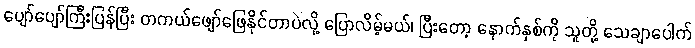
ပျော်ပျော်ကြီးပြန်ပြီး တကယ်ဖျော်ဖြေနိုင်တာပဲလို့ ပြောလိမ့်မယ်၊ ပြီးတော့ နောက်နှစ်ကို သူတို့ သေချာပေါက်